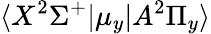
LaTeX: \langle X^{2}\Sigma^{+}|\mu_{y}|A^{2}\Pi_{y}\rangle